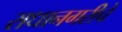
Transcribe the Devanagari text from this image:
राधानगरीचे